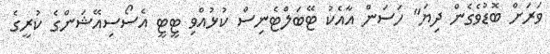
ވަރަށް ބޮޑުވެގެން ދިޔަ" ހަސަން އާއެކު ޓޭބަލްޓެނިސް ކުޅުއްވި ޓީޓީ އެސޯސިއޭޝަންގެ ކުރީގެ